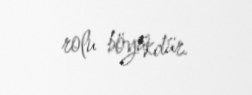
rolu böyükdür.